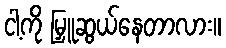
ငါ့ကို မြှူဆွယ်နေတာလား။